Annual report on the Civil Veterinary Department, Burma (including the Insein Veterinary School) - 1910-1922
Year: 1910
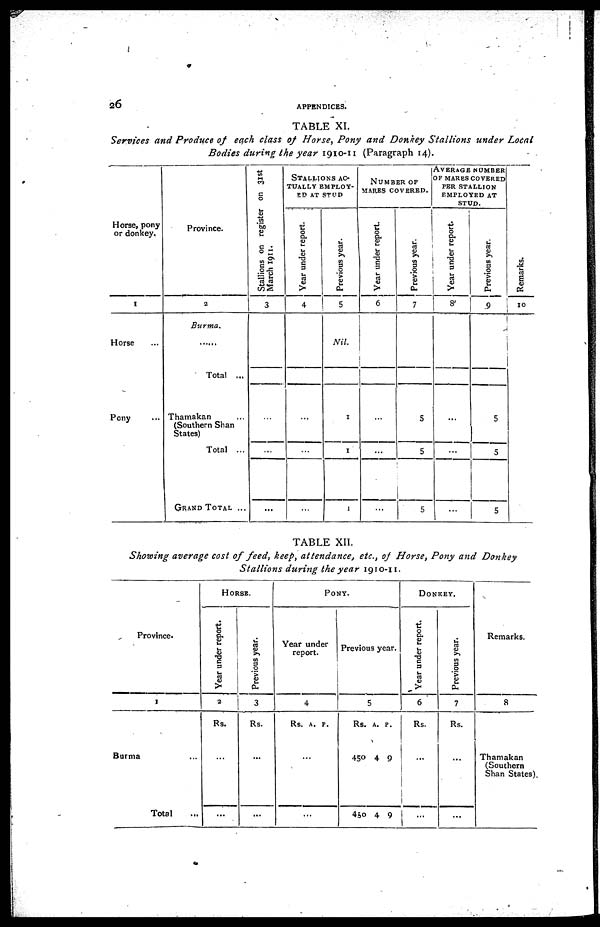
26
APPENDICES.
TABLE XI.
Services and Produce of each class of Horse, Pony and Donkey Stallions under Local
Bodies during the year 1910-11 (Paragraph 14).
Horse, pony
or donkey.
1
Horse ...
Pony ...
Province.
2
Burma.
Total ...
Thamakan ...
(Southern Shan
States)
Total ...
GRAND TOTAL ...
Stallions on register on 31st
March 1911.
3
...
...
...
STALLIONS AC-
TUALLY EMPLOY-
ED AT STUD
Year under report.
4
...
...
...
Previous year.
5
Nil.
1
1
1
NUMBER OF
MARES COVERED.
Year under report.
6
...
...
...
Previous year.
7
5
5
5
AVERAGE NUMBER
OF MARES COVERED
PER STALLION
EMPLOYED AT
STUD.
Year under report.
8
...
...
...
Previous year.
9
5
5
5
Remarks.
10
TABLE XII.
Showing average cost of feed, keep, attendance, etc., of Horse, Pony and Donkey
Stallions during the year 1910-11.
Province.
1
Burma
Total ...
HORSE.
Year under report.
2
Rs.
...
...
Previous year.
3
Rs.
...
...
PONY.
Year under
report.
4
Rs. A. P.
...
...
Previous year.
5
Rs. A. P.
450 4 9
450 4 9
DONKEY.
Year under report.
6
Rs.
...
...
Previous year.
7
Rs.
...
...
Remarks.
8
Thamakan
(Southern
Shan States).